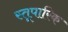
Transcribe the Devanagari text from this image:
स्तूपारिक